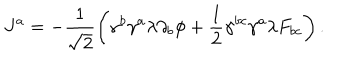
J ^ { a } = - \frac { 1 } { \sqrt { 2 } } \left( \gamma ^ { b } \gamma ^ { a } \lambda \partial _ { b } \phi + \frac { 1 } { 2 } \gamma ^ { b c } \gamma ^ { a } \lambda F _ { b c } \right) .